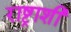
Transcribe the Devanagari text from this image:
राष्ट्राशी